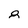
Character: 8